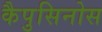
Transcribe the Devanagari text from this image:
कैपुसिनोस